Petrogradi_Kontroll-Opteerimise_Komisjon, lk 201
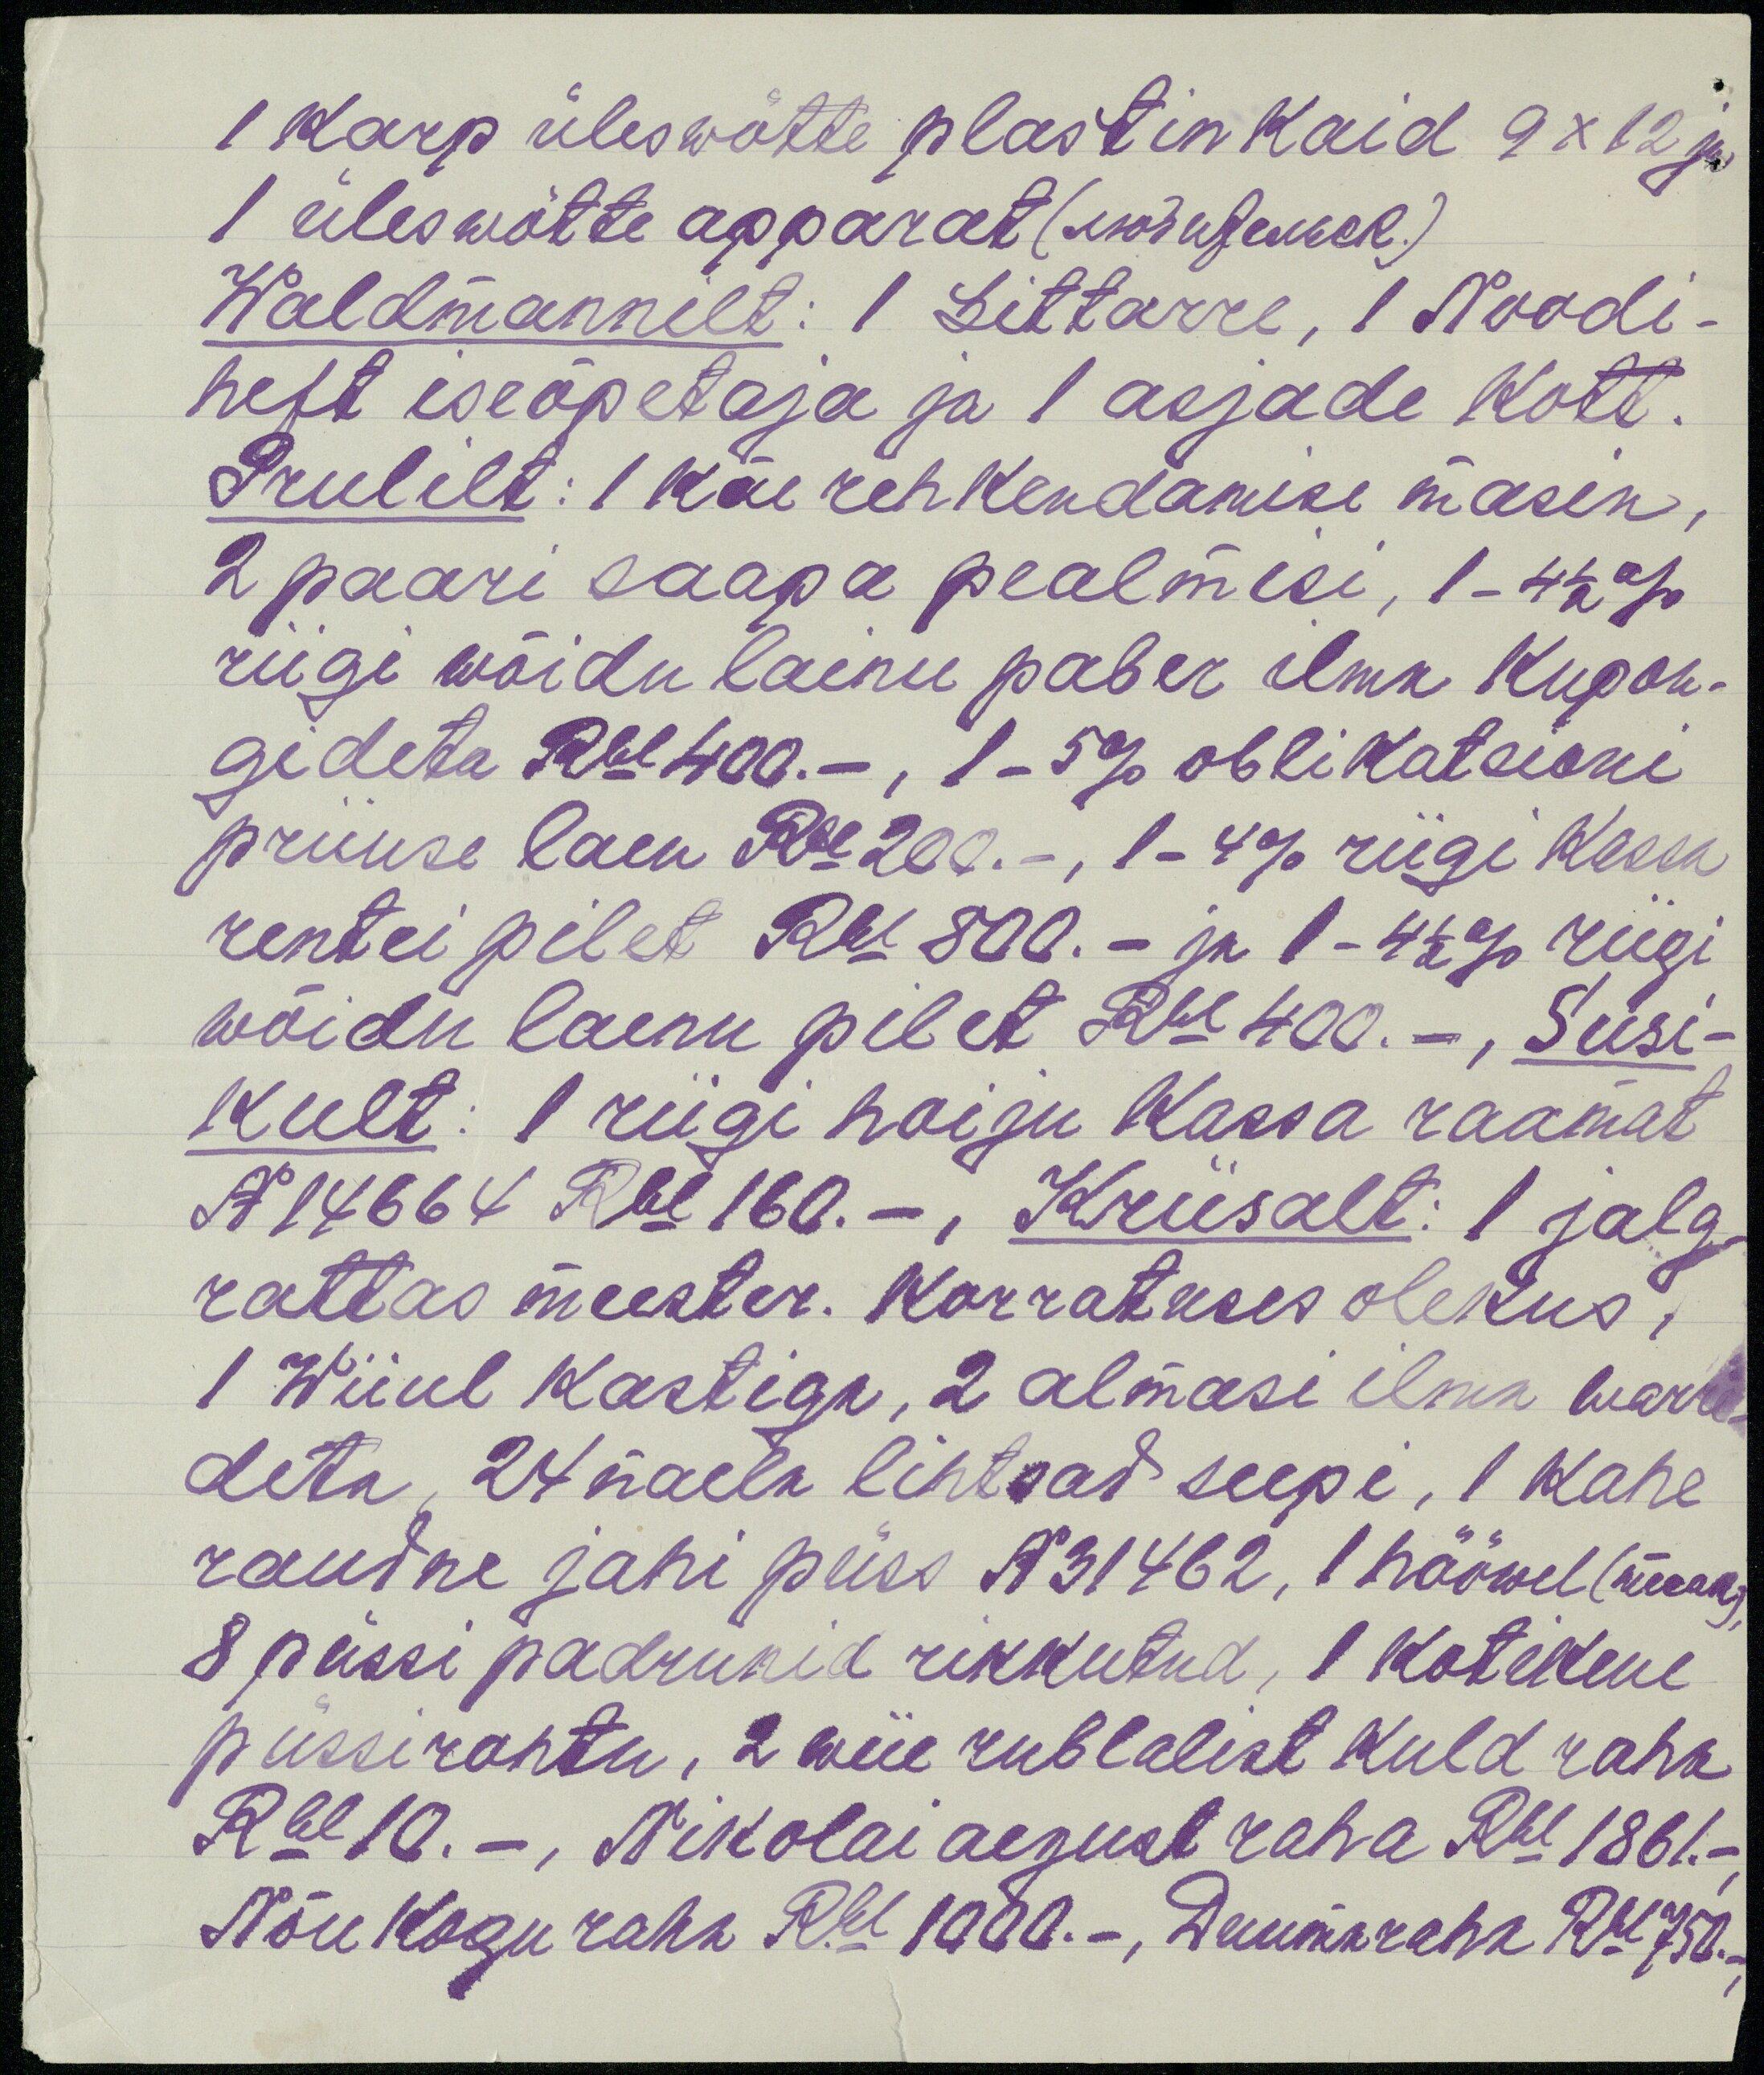
1 karp üleswõtte plastinkaid 9 x 12 ja
1 üleswõtte apparat (любительск.)
Waldmannilt: 1 Gittarre, 1 Noodi-
heft iseõpetaja ja 1 asjade kott.
Prulilt: 1 käe rehkendamise masin,
2 paari saapa pealmisi, 1-4 1/2%
riigi wõidu lainu paber ilma Kupon-
gideta Rbl 400.-, 1-5% oblikatsioni
priiuse laen Rbl 200., 1-4% riigi kassa
rentei pilet Rbl 800.- ja 1-4 1/2% riigi
wõidu laenu pilet Rbl 400.-, Susi-
kult: 1 riigi hoiju kassa raamat
N 14664 Rbl 160.-, Kriisalt: 1 jalg-
rattas meester. Korratuses olekus,
1 Wiiul kastiga, 2 almasi ilma warre-
deta, 24 naela lihtsat seepi, 1 kahe
raudne jahi püss N 31462, 1 hööwel (maa)
8 püssi padrunid rikkutud, 1 kotikene
püssirohtu, 2 wiie rublalist kuld raha
Rbl 10. -, Nikolai aegust raha Rbl 1861.-
Nõukogu raha Rbl 1000.-, Duumaraha Rbl 750.-,